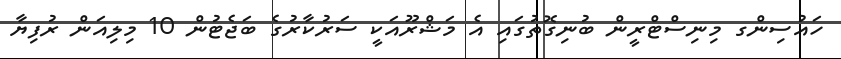
ހައުސިންގ މިނިސްޓްރީން ބުނިގޮތުގައި އެ މަޝްރޫއަކީ ސަރުކާރުގެ ބަޖެޓުން 10 މިލިއަން ރުފިޔާ